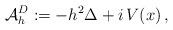
LaTeX: \begin{align*}\mathcal A_h^D := - h^2 \Delta+ i \, V(x)\,,\end{align*}